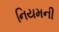
નિયમની